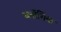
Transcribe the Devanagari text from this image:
ब्लॉगिंक